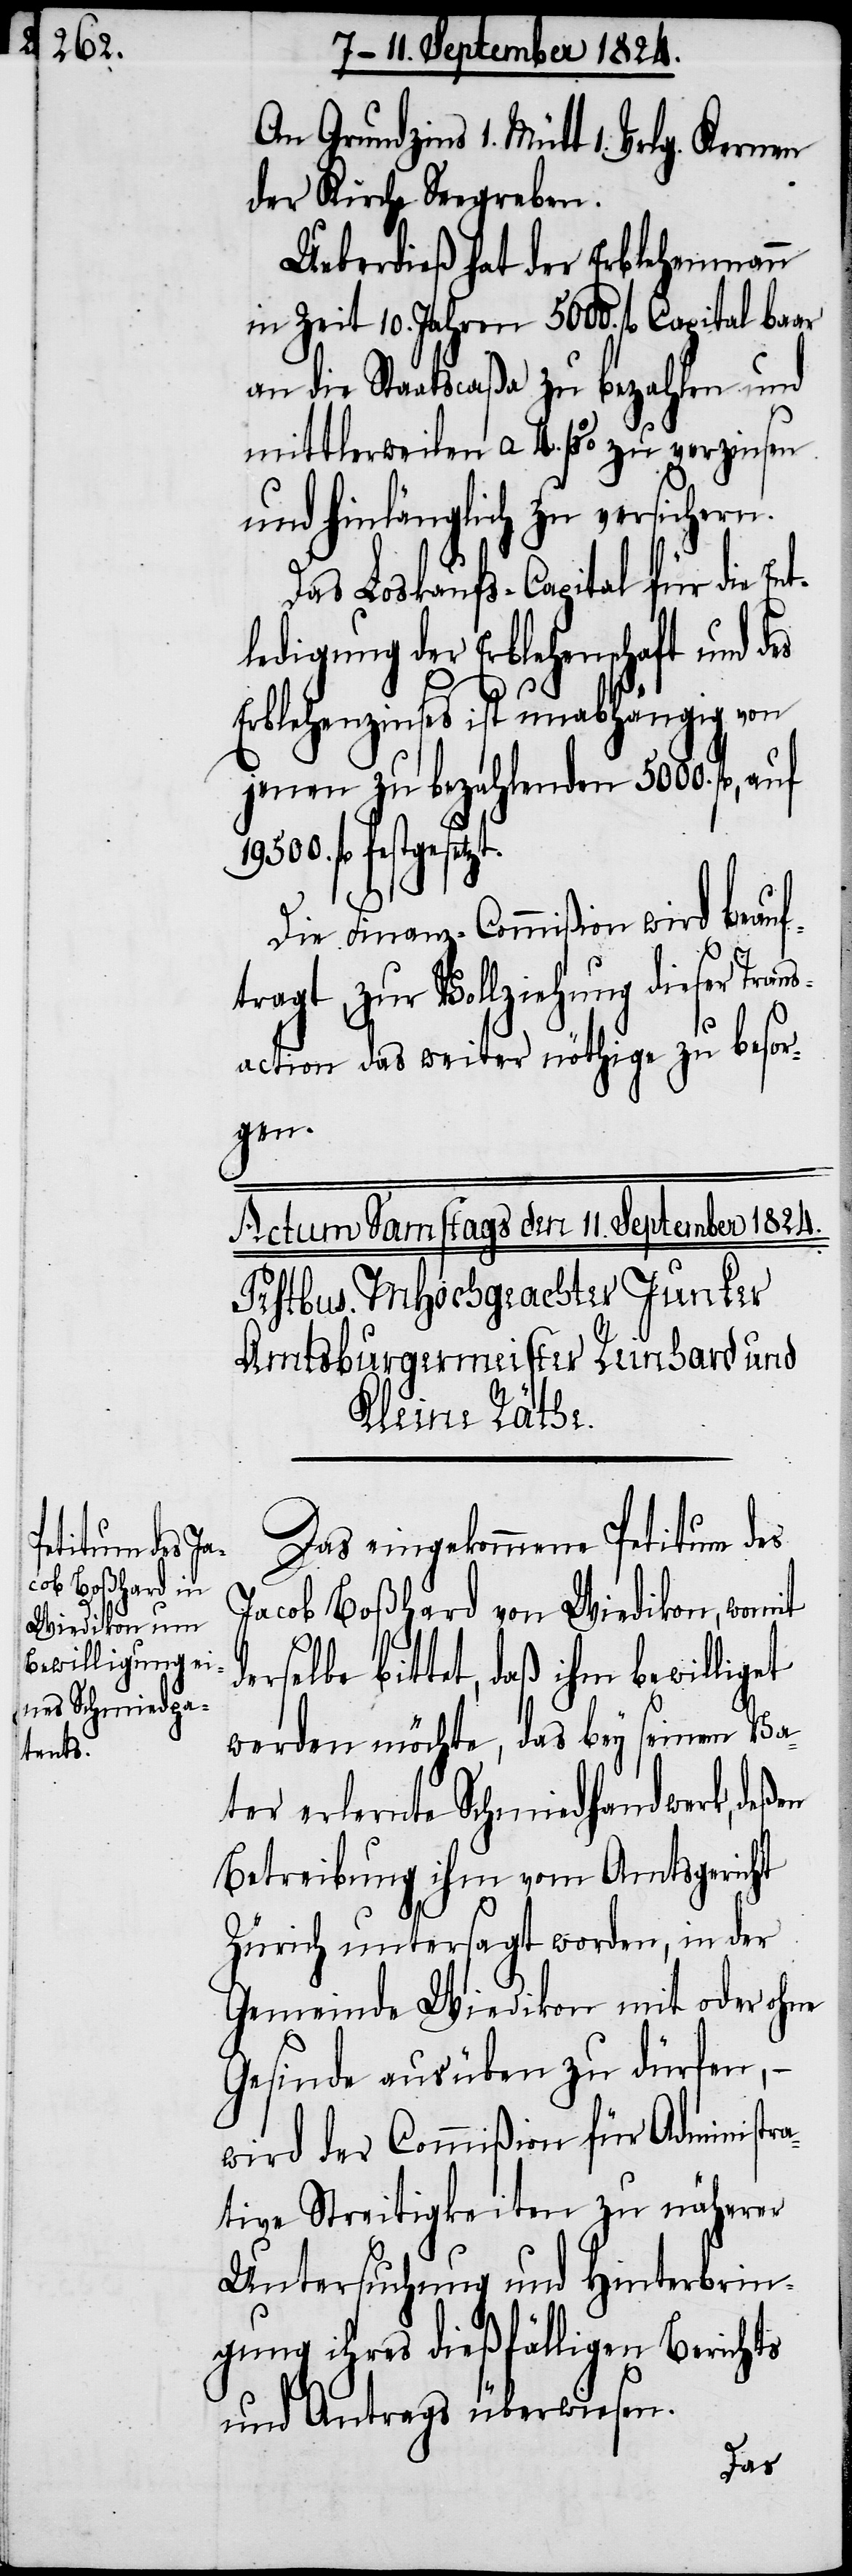
setzt.

An Grundzins 1. Mütt 1. Vrlg.
der Kirche Seegreben.
Ueberdieß hat der Erblehenmann
in Zeit 10. Jahren 5000. fl Capital baar
an die Staatscaßa zu bezahlen und
mittlerweilen a. 4. p%. zu verzinsen
und hinlänglich zu versichern.
Das Loskaufs-Capital für die En¬
ledigung der Erblehenschaft und
Erblehenzinses ist unabhängig von
jenen zu bezahlenden 5000. fl, auf
19500. fl festge¬
Die Finanz-Commißion wird beauf¬
tragt, zur Vollziehung dieser Tr¬
action das weiter nöthige zu besor¬
gen.
Das eingekommene Petitum des
Jacob Boßhard von Wiedikon, womit
elbe bittet, daß ihm bewilliget
werden möchte, das bey seinen Va¬
ter erlernte Schmiedhandwerk, deßen
Betreibung ihm vom Amtsgericht
Zürich untersagt worden, in der
Gemeinde Wiedikon mit oder ohne
Gesinde ausüben zu dürfen, –
wird der Commißion für Administra¬
tive Streitigkeiten zu näherer
Untersuchung und Hinterbrin¬
gung ihres dießfälligen Berichts
und Antrags überwiesen.
ders¬